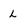
Character: L